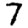
Digit: 7